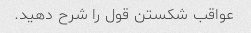
عواقب شکستن قول را شرح دهید.